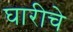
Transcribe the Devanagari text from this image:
घारीचे